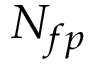
N _ { f p }